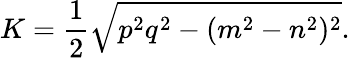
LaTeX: K={\frac{1}{2}}{\sqrt{p^{2}q^{2}-(m^{2}-n^{2})^{2}}}.